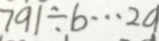
7 9 1 \div b \cdots 2 a